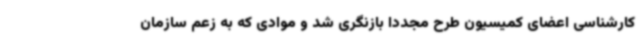
کارشناسی اعضای کمیسیون طرح مجددا بازنگری شد و موادی که به زعم سازمان